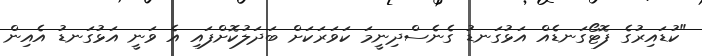
"ކުޑައިރުގެ ފޮޓޯގަނޑެއް އަޅުގަނޑު ގެނެސްދިނީމަ ކަވަރަކަށް ބަދަލުކޮށްފައި އެ ވަނީ އަޅުގަނޑު އެއިން